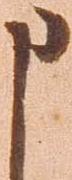
申